Calcutta medical institutions reports 1871-78
Year: 1871
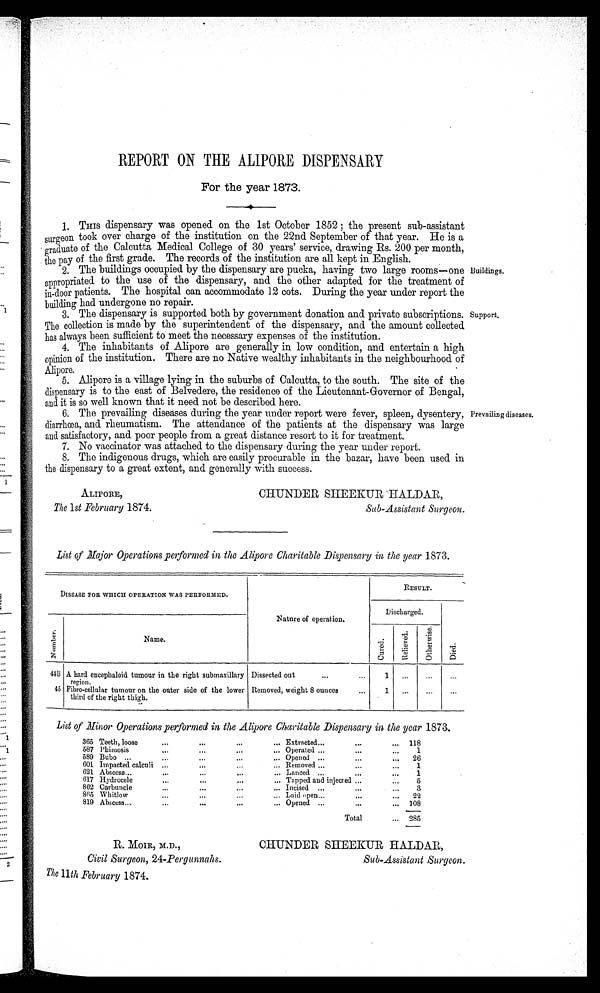
REPORT ON THE ALIPORE DISPENSARY
For the year 1873.
1. THIS dispensary was opened on the 1st October 1852 ; the present sub-assistant
surgeon took over charge of the institution on the 22nd September of that year. He is a
graduate of the Calcutta Medical College of 30 years' service, drawing Rs. 200 per month,
t h e p a y o f t h e f i r s t g r a d e . T h e r e c o r d s o f t h e i n s t i t u t i o n a r e a l l k e p t i n E n g l i s h .
2. The buildings occupied by the dispensary are pucka, having two large rooms—one
appropriated to the use of the dispensary, and the other adapted for the treatment of
in-door patients. The hospital can accommodate 12 cots. During the year under report the
building had undergone no repair.
Buildings.
3. The dispensary is supported both by government donation and private subscriptions.
The collection is made by the superintendent of the dispensary, and the amount collected
has always been sufficient to meet the necessary expenses of the institution.
Support.
4. The inhabitants of Alipore are generally in low condition, and entertain a high
opinion of the institution. There are no Native wealthy inhabitants in the neighbourhood of
Alipore.
Alipore is a village lying in the suburbs of Calcutta, to the south. The site of the
dispensary is to the east of Belvedere, the residence of the Lieutenant-Governor of Bengal,
and it is so well known that it need not be described here.
6. The prevailing diseases during the year under report were fever, spleen, dysentery,
diarrhœa, and rheumatism. The attendance of the patients at the dispensary was large
and satisfactory, and poor people from a great distance resort to it for treatment.
Prevailing diseases.
7. No vaccinator was attached to the dispensary during the year under report.
8. The indigenous drugs, which are easily procurable in the bazar, have been used in
the dispensary to a great extent, and generally with success.
ALIPORE, CHUNDER SHEEKUR HALDAR,
The 1st February 1874.
Sub-Assistant Surgeon.
List of Major Operations performed in the Alipore Charitable Dispensary in the year 1873.
DISEASE FOR WHICH OPERATION WAS PERFORMED.
RESULT.
Nature of operation.
Discharged.
N u m b e r .
Name.
C u r e d .
R e l i e v e d .
O t h e r w i s e .
D i e d .
44B A hard encephaloid tumour in the right submaxillary
region.
Dissected out
1
. . .
. . .
. . .
45 Fibro-cellular tumour on the outer side of the lower
third of the right thigh.
Removed, weight 8 ounces
1
. . .
. . .
. . .
List of Minor Operations performed in the Alipore Charitable Dispensary in the year 1873.
365 Teeth, loose
Extracted
118
587 Phimosis
Operated
1
589 Bubo
Opened
26
601 Impacted calculi
Removed
1
621 Abscess
Lanced
1
617 Hydrocele
Tapped and injected
5
862 Carbuncle
Incised
3
865 Whitlow
Laid open
22
819 Abscess
Opened
108
Total
285
R. MOIR, M.D., CHUNDER SHEEKUR HALDAR,
Civil Surgeon, 24-Pergunnahs.
Sub-Assistant Surgeon
.
The 11th February 1874.